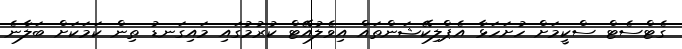
ގެޓްސެޓް ސްކީމަށް ހުށަހަޅާ އެޕްލިކޭޝަންތައް އިވެލުއޭޓް ކުރުމުގައި މައިގަނޑު ތިން ކަމަކަށް ބަލާނެ